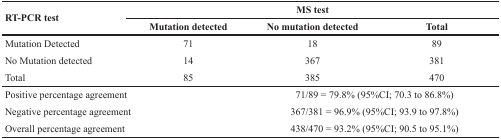
<table><thead><tr><td rowspan="2"><b>RT-PCR test</b></td><td colspan="3"><b>MS test</b></td></tr><tr><td><b>Mutation detected</b></td><td><b>No mutation detected</b></td><td><b>Total</b></td></tr></thead><tbody><tr><td>Mutation Detected</td><td>71</td><td>18</td><td>89</td></tr><tr><td>No Mutation detected</td><td>14</td><td>367</td><td>381</td></tr><tr><td>Total</td><td>85</td><td>385</td><td>470</td></tr><tr><td colspan="2">Positive percentage agreement</td><td colspan="2">71/89 = 79.8% (95%CI; 70.3 to 86.8%)</td></tr><tr><td colspan="2">Negative percentage agreement</td><td colspan="2">367/381 = 96.9% (95%CI; 93.9 to 97.8%)</td></tr><tr><td colspan="2">Overall percentage agreement</td><td colspan="2">438/470 = 93.2% (95%CI; 90.5 to 95.1%)</td></tr></tbody></table>